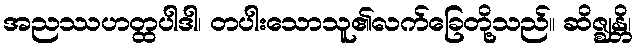
အညဿဟတ္ထပါဒါ၊ တပါးသောသူ၏လက်ခြေတို့သည်။ ဆိဇ္ဈန္တိ၊